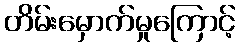
တိမ်းမှောက်မှုကြောင့်